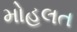
મોહલત